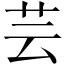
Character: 芸